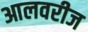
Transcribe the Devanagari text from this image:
आलवरीज